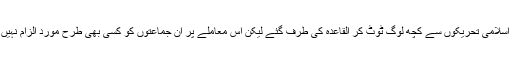
یہ درست ہے کہ ان اسلامی تحریکوں سے کچھ لوگ ٹوٹ کر القاعدہ کی طرف گئے لیکن اس معاملے پر ان جماعتوں کو کسی بھی طرح مورد الزام نہیں ٹھہرایا جاسکتا ہے۔